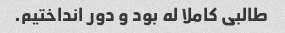
طالبی کاملا له بود و دور انداختیم.